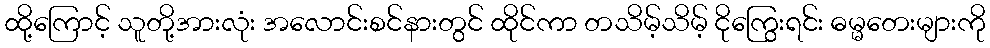
ထို့ကြောင့် သူတို့အားလုံး အလောင်းစင်နားတွင် ထိုင်ကာ တသိမ့်သိမ့် ငိုကြွေးရင်း ဓမ္မတေးများကို